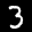
Label: 3